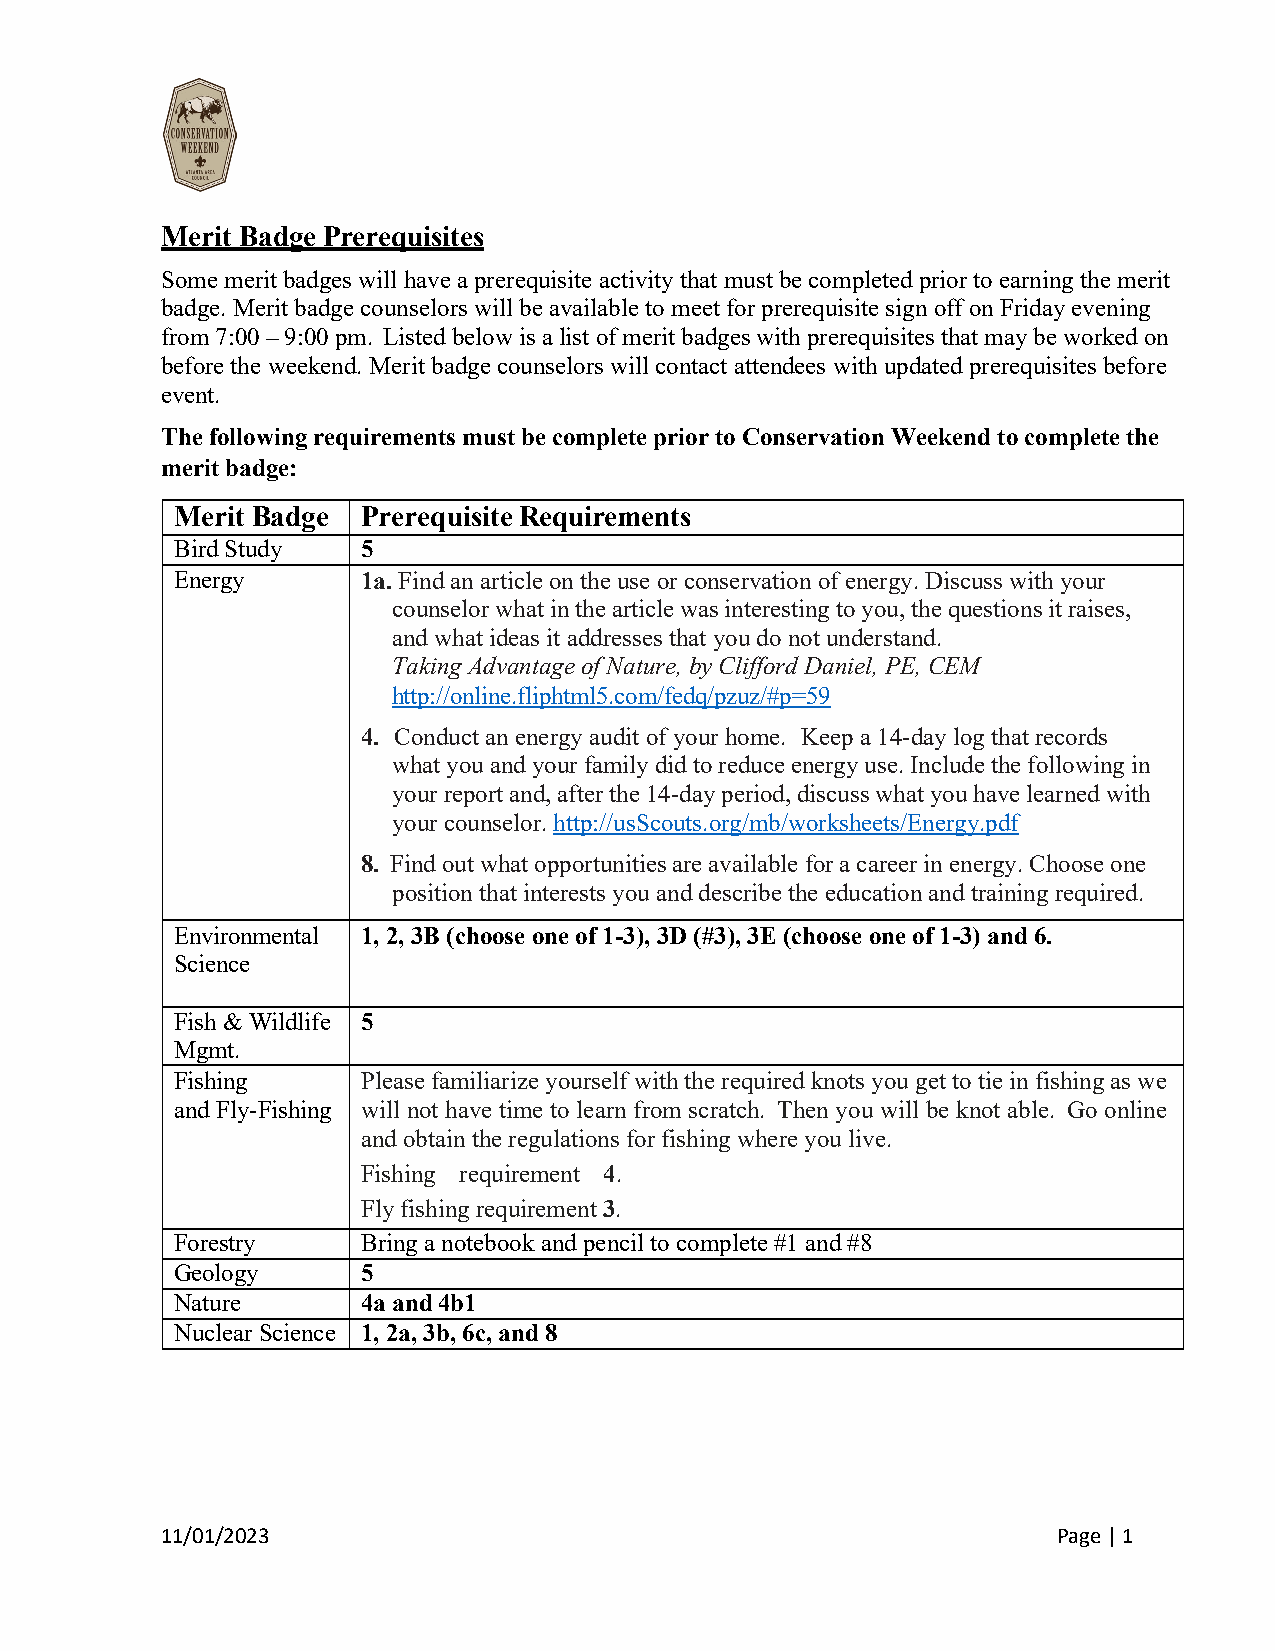
Merit Badge Prerequisites
 Some merit badges will have a prerequisite activity that must be completed prior to earning the merit
 badge. Merit badge counselors will be available to meet for prerequisite sign off on Friday evening
 from 7:00 – 9:00 pm. Listed below is a list of merit badges with prerequisites that may be worked on
 before the weekend. Merit badge counselors will contact attendees with updated prerequisites before
 event.
 The following requirements must be complete prior to Conservation Weekend to complete the
 merit badge:
 Merit Badge Prerequisite Requirements
 Bird Study  5
 Energy      1a. Find an article on the use or conservation of energy. Discuss with your
 counselor what in the article was interesting to you, the questions it raises,
 and what ideas it addresses that you do not understand.
 Taking Advantage of Nature, by Clifford Daniel, PE, CEM
 http://online.fliphtml5.com/fedq/pzuz/#p=59
 4. Conduct an energy audit of your home. Keep a 14-day log that records
 what you and your family did to reduce energy use. Include the following in
 your report and, after the 14-day period, discuss what you have learned with
 your counselor. http://usScouts.org/mb/worksheets/Energy.pdf
 8. Find out what opportunities are available for a career in energy. Choose one
 position that interests you and describe the education and training required.
 Environmental 1, 2, 3B (choose one of 1-3), 3D (#3), 3E (choose one of 1-3) and 6.
 Science
 Fish & Wildlife 5
 Mgmt.
 Fishing     Please familiarize yourself with the required knots you get to tie in fishing as we
 and Fly-Fishing will not have time to learn from scratch. Then you will be knot able. Go online
 and obtain the regulations for fishing where you live.
 Fishing requirement 4.
 Fly fishing requirement 3.
 Forestry    Bring a notebook and pencil to complete #1 and #8
 Geology     5
 Nature      4a and 4b1
 Nuclear Science 1, 2a, 3b, 6c, and 8
 11/01/2023                                                 Page | 1